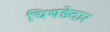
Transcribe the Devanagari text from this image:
चिथड़ेदार